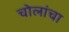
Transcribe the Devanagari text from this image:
चोलांचा